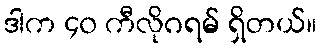
ဒါက ၄၀ ကီလိုဂရမ် ရှိတယ်။